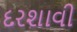
દરશાવી